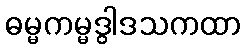
ဓမ္မကမ္မဒွါဒသကထာ